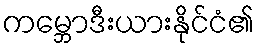
ကမ္ဘောဒီးယားနိုင်ငံ၏